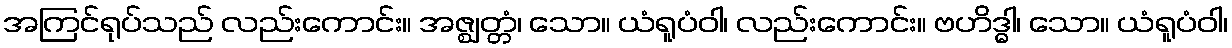
အကြင်ရုပ်သည် လည်းကောင်း။ အဇ္ဈတ္တံ၊ သော။ ယံရူပံဝါ၊ လည်းကောင်း။ ဗဟိဒ္ဓါ၊ သော။ ယံရူပံဝါ၊